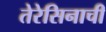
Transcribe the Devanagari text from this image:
तेरेसिनाची